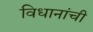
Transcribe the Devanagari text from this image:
विधानांची